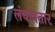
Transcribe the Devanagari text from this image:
लंचावतार